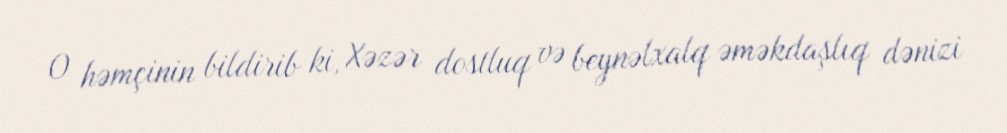
O həmçinin bildirib ki, Xəzər dostluq və beynəlxalq əməkdaşlıq dənizi